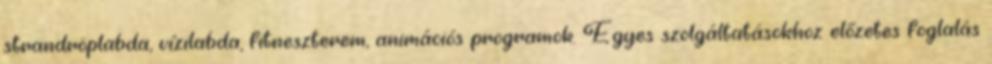
strandröplabda, vízilabda, fitneszterem, animációs programok. Egyes szolgáltatásokhoz előzetes foglalás